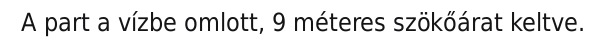
A part a vízbe omlott, 9 méteres szökőárat keltve.